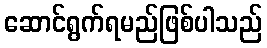
ဆောင်ရွက်ရမည်ဖြစ်ပါသည်